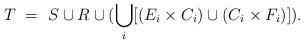
LaTeX: \begin{align*}T \ = \ S \cup R \cup ( \bigcup_i [(E_i \times C_i) \cup (C_i \times F_i)]).\end{align*}